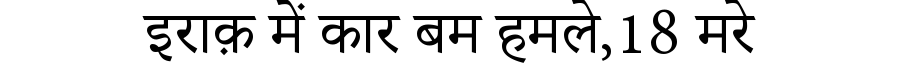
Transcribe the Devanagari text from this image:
इराक़ में कार बम हमले,18 मरे